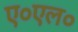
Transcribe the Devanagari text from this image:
ए०एल०